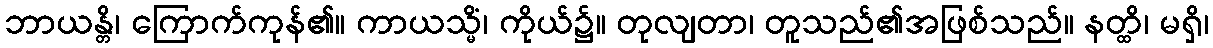
ဘာယန္တိ၊ ကြောက်ကုန်၏။ ကာယသ္မိံ၊ ကိုယ်၌။ တုလျတာ၊ တူသည်၏အဖြစ်သည်။ နတ္ထိ၊ မရှိ၊